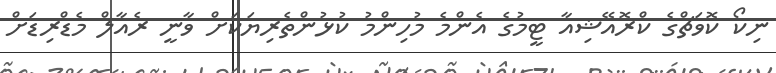
ނިކޯ ކޮވަޗްގެ ކްރޮއޭޝިއާ ޓީމުގެ އެންމެ މުހިންމު ކުޅުންތެރިޔަކަށް ވާނީ ރެއާލް މެޑްރިޑަށް